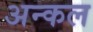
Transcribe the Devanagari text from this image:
अन्कल